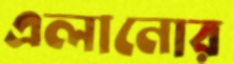
এলানোর